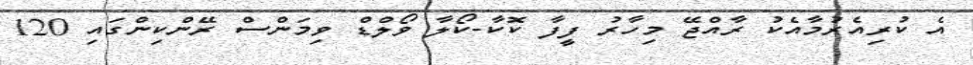
އެ ކުރިއެރުމާއެކު ރާއްޖޭ މިހާރު ފީފާ ކޮކާ-ކޯލާ ވޯލްޑް ވިމަންސް ރޭންކިންގައި 120